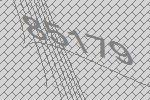
85179